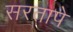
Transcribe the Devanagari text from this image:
सरतापे